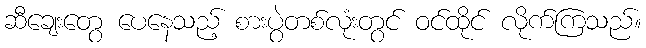
ဆီချေးတွေ ပေနေသည့် စားပွဲတစ်လုံးတွင် ဝင်ထိုင် လိုက်ကြသည်။